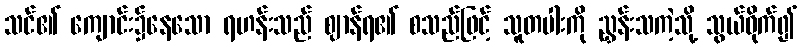
သင်၏ ကျောင်း၌နေသော ရဟန်းသည် ဈာန်ရ၏ စသည်ဖြင့် သူတပါးကို ညွှန်းသကဲ့သို့ သွယ်ဝိုက်၍